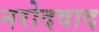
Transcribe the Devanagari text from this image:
नरोदवाद